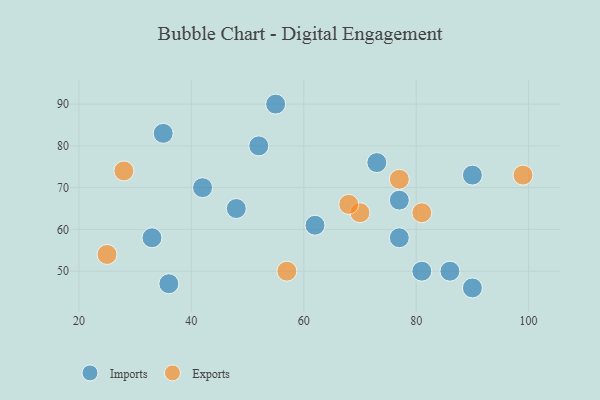
{"axis": {"x": "GDP", "y": "Life Expectancy"}, "legend": ["Exports", "Imports"], "data": [{"x": "77", "y": 58, "type": "Imports"}, {"x": "81", "y": 50, "type": "Imports"}, {"x": "36", "y": 47, "type": "Imports"}, {"x": "42", "y": 70, "type": "Imports"}, {"x": "55", "y": 90, "type": "Imports"}, {"x": "77", "y": 67, "type": "Imports"}, {"x": "86", "y": 50, "type": "Imports"}, {"x": "90", "y": 73, "type": "Imports"}, {"x": "62", "y": 61, "type": "Imports"}, {"x": "52", "y": 80, "type": "Imports"}, {"x": "35", "y": 83, "type": "Imports"}, {"x": "90", "y": 46, "type": "Imports"}, {"x": "48", "y": 65, "type": "Imports"}, {"x": "33", "y": 58, "type": "Imports"}, {"x": "73", "y": 76, "type": "Imports"}, {"x": "57", "y": 50, "type": "Exports"}, {"x": "99", "y": 73, "type": "Exports"}, {"x": "28", "y": 74, "type": "Exports"}, {"x": "70", "y": 64, "type": "Exports"}, {"x": "68", "y": 66, "type": "Exports"}, {"x": "77", "y": 72, "type": "Exports"}, {"x": "81", "y": 64, "type": "Exports"}, {"x": "25", "y": 54, "type": "Exports"}]}